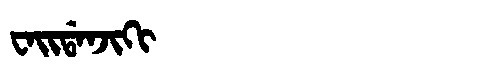
Manchu: ᠸᠠᡳᡩᠠᠨᠵᡳᡴᡳ
Romanization: WAIDANJIKI